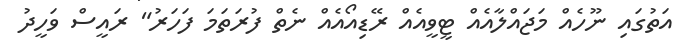
އަތުގައި ނޫހެއް މަޖައްލާއެއް ޓީވީއެއް ރޭޑިއޯއެއް ނެތް ފުރަތަމަ ފަހަރު" ރައީސް ވަހީދު